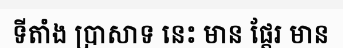
ទីតាំង ប្រាសាទ នេះ មាន ផ្តែរ មាន